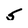
Character: 5